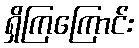
ရှိကြကြောင်း